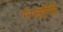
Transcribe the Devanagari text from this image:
मंगलगिरि